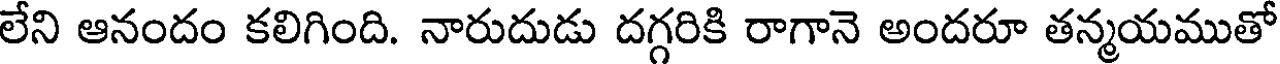
లేని ఆనందం కలిగింది. నారుదుడు దగ్గరికి రాగానె అందరూ తన్మయముతో